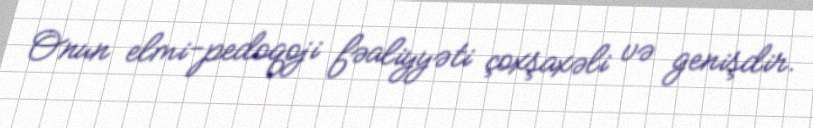
Onun elmi-pedoqoji fəaliyyəti çoxşaxəli və genişdir.